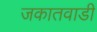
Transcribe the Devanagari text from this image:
जकातवाडी